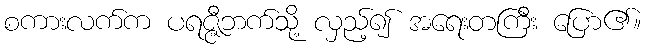
စကားလက်က ပရဇ္ဇီဘက်သို့ လှည့်၍ အရေးတကြီး ပြော၏။